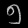
Digit: ၅